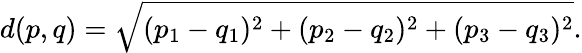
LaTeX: d(p,q)={\sqrt{(p_{1}-q_{1})^{2}+(p_{2}-q_{2})^{2}+(p_{3}-q_{3})^{2}}}.